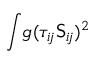
\int \! g ( \tau _ { i \! j } \mathsf { S } _ { i \! j } ) ^ { 2 }